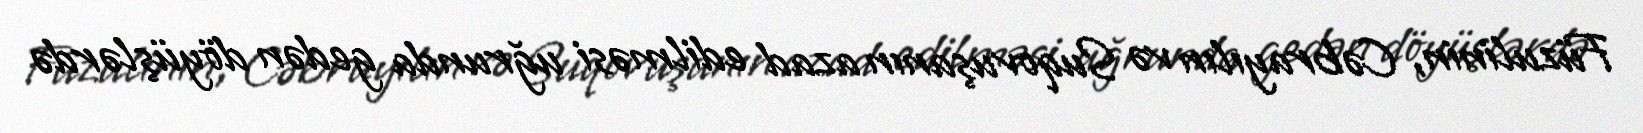
Füzulinin, Cəbrayılın və Suqovuşanın azad edilməsi uğrunda gedən döyüşlərdə